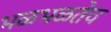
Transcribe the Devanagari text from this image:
भळभळतेच